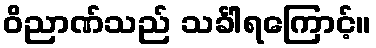
ဝိညာဏ်သည် သင်္ခါရကြောင့်။